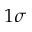
1 \sigma